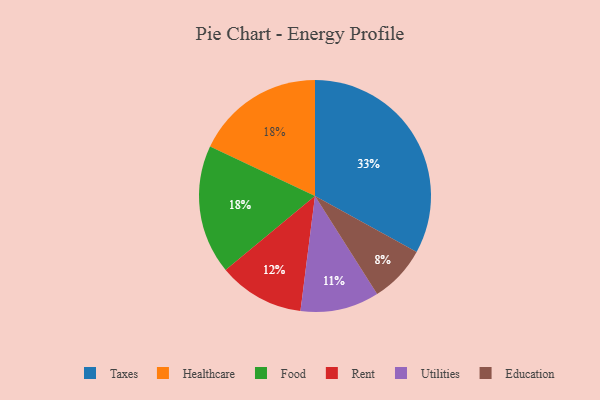
{"axis": {"x": "Category", "y": "Percentage"}, "legend": ["Education", "Food", "Healthcare", "Rent", "Taxes", "Utilities"], "data": [{"x": "Rent", "y": 12, "type": "Rent"}, {"x": "Healthcare", "y": 18, "type": "Healthcare"}, {"x": "Education", "y": 8, "type": "Education"}, {"x": "Food", "y": 18, "type": "Food"}, {"x": "Taxes", "y": 33, "type": "Taxes"}, {"x": "Utilities", "y": 11, "type": "Utilities"}]}